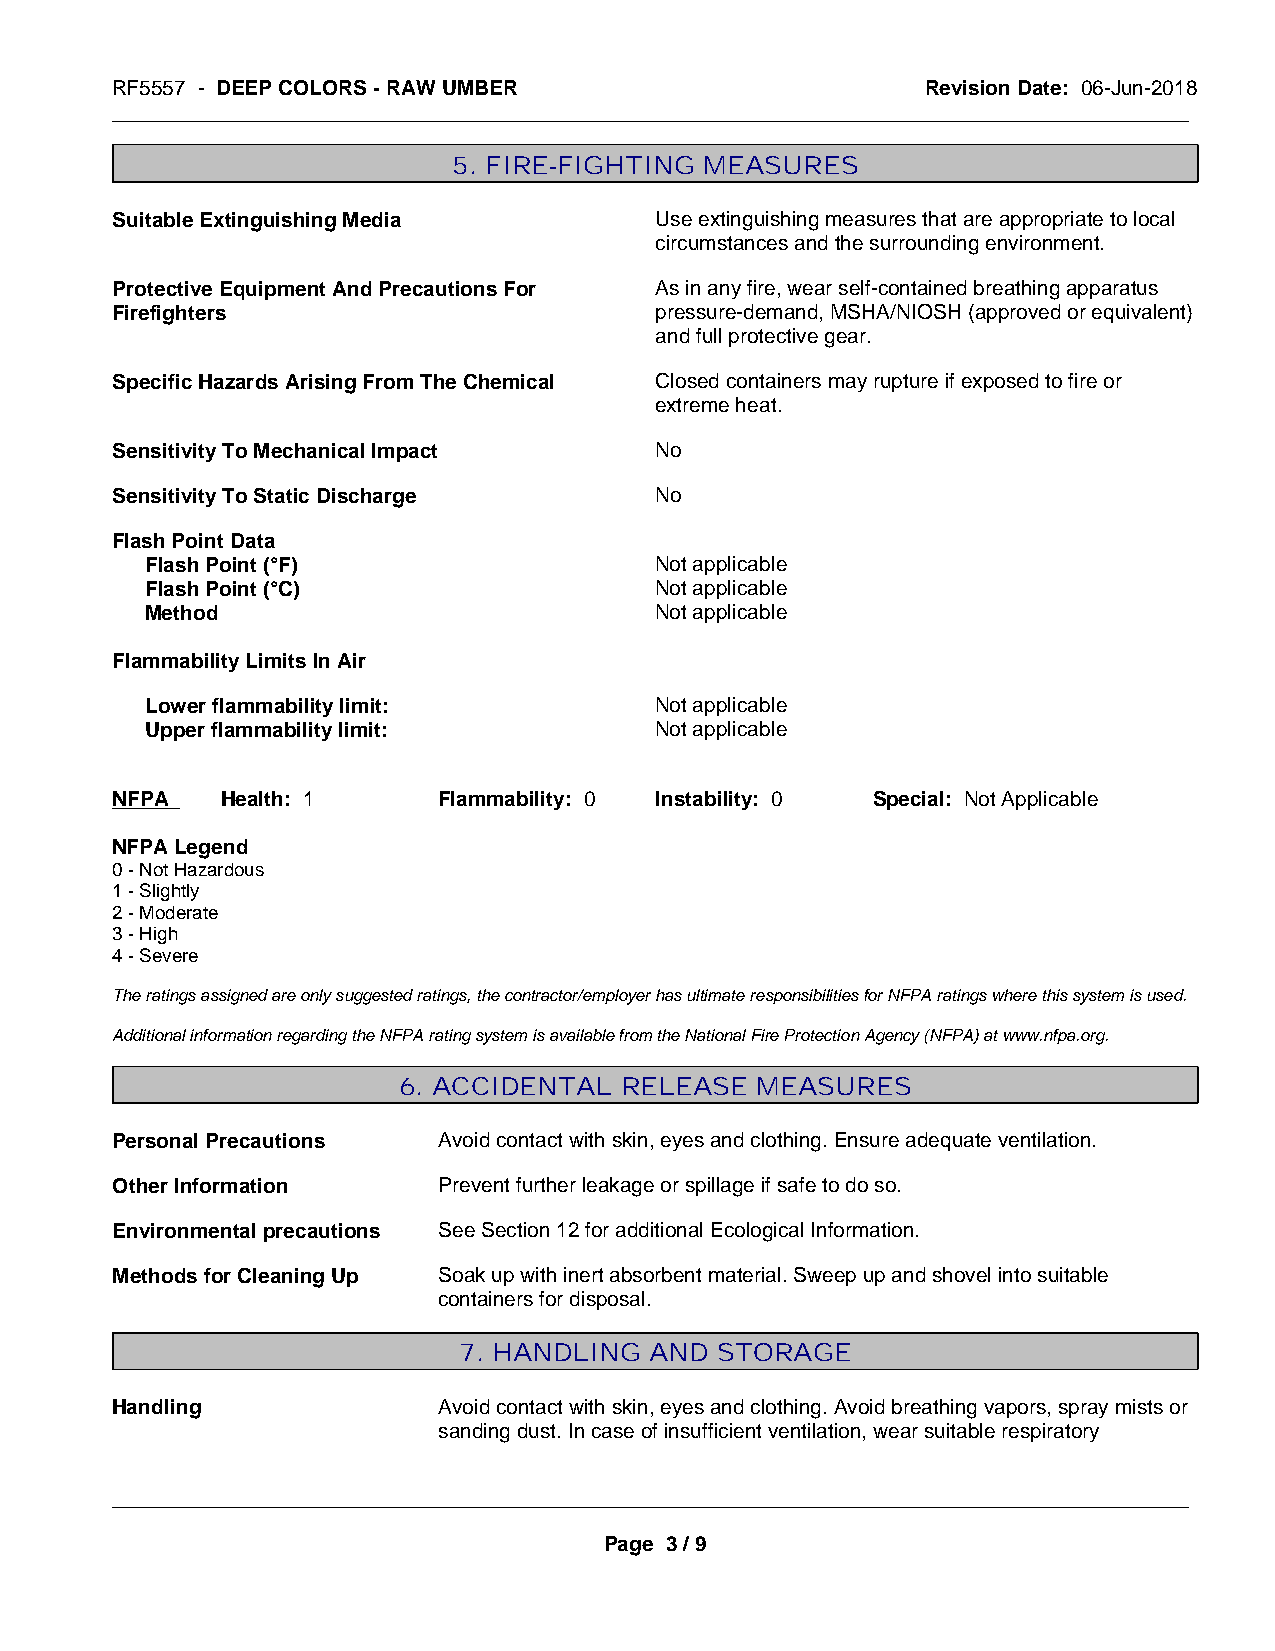
RF5557 - DEEP COLORS - RAW UMBER                      Revision Date: 06-Jun-2018
 _____________________________________________________________________________________________
 5. FIRE-FIGHTING MEASURES
 Suitable Extinguishing Media        Use extinguishing measures that are appropriate to local
 circumstances and the surrounding environment.
 Protective Equipment And Precautions For As in any fire, wear self-contained breathing apparatus
 Firefighters                        pressure-demand, MSHA/NIOSH (approved or equivalent)
 and full protective gear.
 Specific Hazards Arising From The Chemical Closed containers may rupture if exposed to fire or
 extreme heat.
 Sensitivity To Mechanical Impact    No
 Sensitivity To Static Discharge     No
 Flash Point Data
 Flash Point (°F)                 Not applicable
 Flash Point (°C)                 Not applicable
 Method                           Not applicable
 Flammability Limits In Air
 Lower flammability limit:        Not applicable
 Upper flammability limit:        Not applicable
 NFPA    Health: 1     Flammability: 0 Instability: 0 Special: Not Applicable
 NFPA Legend
 0 - Not Hazardous
 1 - Slightly
 2 - Moderate
 3 - High
 4 - Severe
 The ratings assigned are only suggested ratings, the contractor/employer has ultimate responsibilities for NFPA ratings where this system is used.
 Additional information regarding the NFPA rating system is available from the National Fire Protection Agency (NFPA) at www.nfpa.org.
 6. ACCIDENTAL  RELEASE  MEASURES
 Personal Precautions  Avoid contact with skin, eyes and clothing. Ensure adequate ventilation.
 Other Information     Prevent further leakage or spillage if safe to do so.
 Environmental precautions See Section 12 for additional Ecological Information.
 Methods for Cleaning Up Soak up with inert absorbent material. Sweep up and shovel into suitable
 containers for disposal.
 7. HANDLING  AND STORAGE
 Handling              Avoid contact with skin, eyes and clothing. Avoid breathing vapors, spray mists or
 sanding dust. In case of insufficient ventilation, wear suitable respiratory
 _____________________________________________________________________________________________
 Page 3 / 9